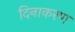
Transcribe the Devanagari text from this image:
दिनाकरण